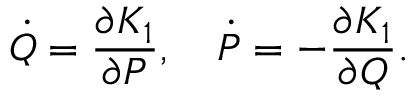
\dot { Q } = \frac { \partial K _ { 1 } } { \partial P } , ~ ~ ~ \dot { P } = - \frac { \partial K _ { 1 } } { \partial Q } .